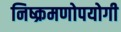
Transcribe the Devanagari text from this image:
निष्क्रमणोपयोगी